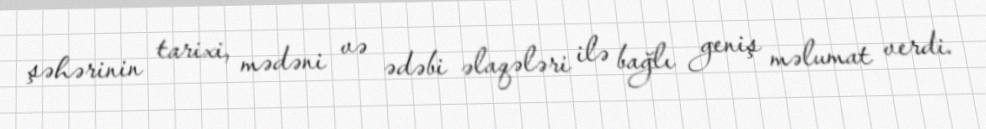
şəhərinin tarixi, mədəni və ədəbi əlaqələri ilə bağlı geniş məlumat verdi.